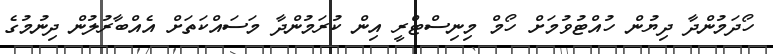
ހޯދަމުންދާ ދިޔުން ހުއްޓުވުމަށް ހޯމް މިނިސްޓްރީ އިން ކުރަމުންދާ މަސައްކަތަށް އެއްބާރުލުން ދިނުމުގެ